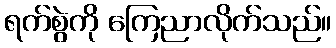
ရက်စွဲကို ကြေညာလိုက်သည်။